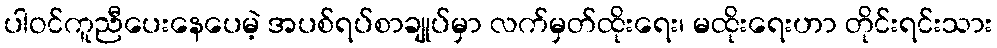
ပါဝင်ကူညီပေးနေပေမဲ့ အပစ်ရပ်စာချုပ်မှာ လက်မှတ်ထိုးရေး၊ မထိုးရေးဟာ တိုင်းရင်းသား